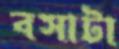
বসাটা